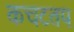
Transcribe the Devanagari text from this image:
कचटतप